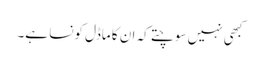
کبھی نہیں سوچتے کہ ان کا ماڈل کونسا ہے۔